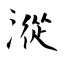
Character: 漎